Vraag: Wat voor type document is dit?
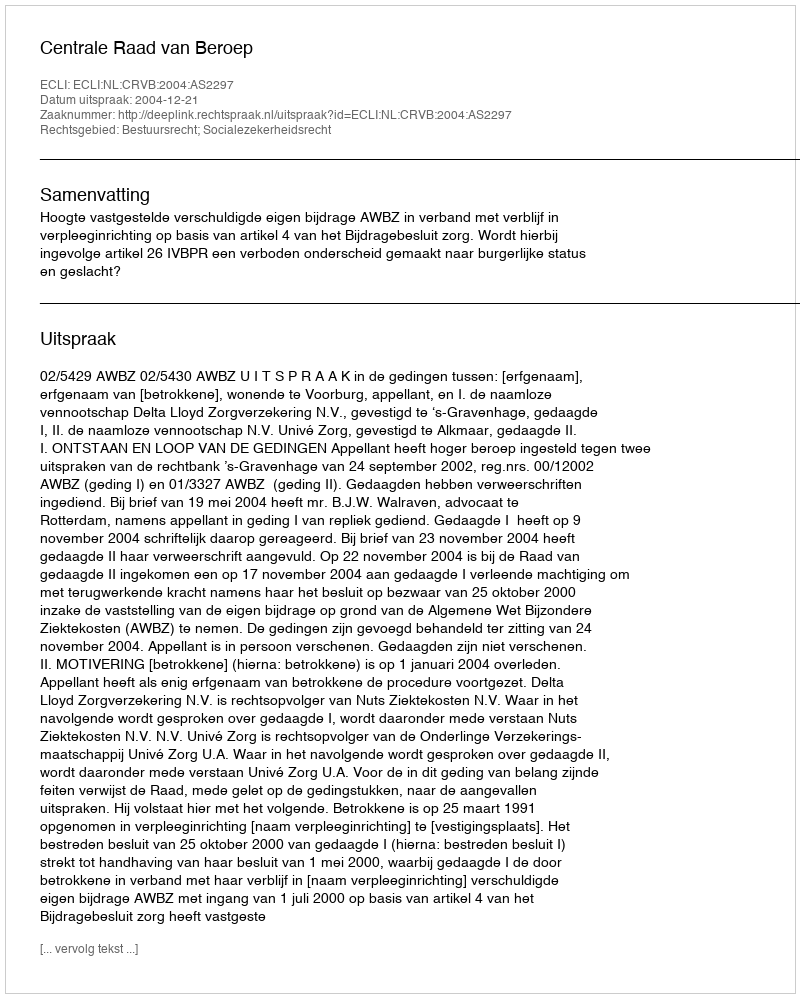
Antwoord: Uitspraak